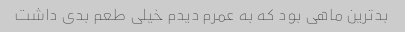
بدترین ماهی بود که به عمرم دیدم خیلی طعم بدی داشت